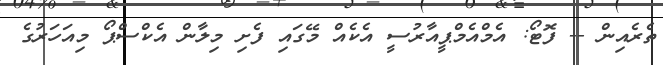
ތެރެއިން -- ފޮޓޯ: އެމްއެމްޕީއާރުސީ އެކެއް މޭގައި ފެށި މިލާން އެކްސްޕޯ މިއަހަރުގެ